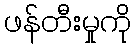
ဖန်တီးမှုကို